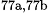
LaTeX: ^\textrm{\scriptsize 77a,77b}